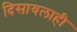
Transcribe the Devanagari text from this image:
दिसायलाही